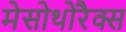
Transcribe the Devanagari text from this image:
मेसोथोरैक्स